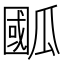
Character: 𭺙